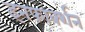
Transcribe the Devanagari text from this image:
इनफार्क्शन